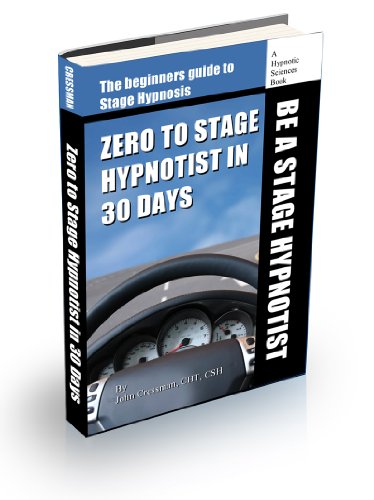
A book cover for Zero to Stage Hypnotist in 30 Days; John Elijah Cressman; Self-Help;